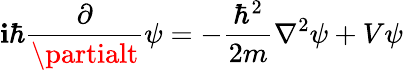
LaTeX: \mathbf{i}\hbar{\frac{{\partial}}{{\partialt}}}\psi=-{\frac{{\hbar^{2}}}{{2m}}}\nabla^{2}\psi+V\psi